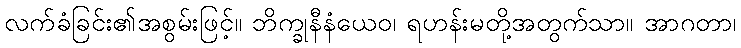
လက်ခံခြင်း၏အစွမ်းဖြင့်။ ဘိက္ခုနီနံယေဝ၊ ရဟန်းမတို့အတွက်သာ။ အာဂတာ၊